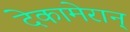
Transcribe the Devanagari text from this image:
देकामेरान्